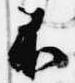
不